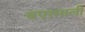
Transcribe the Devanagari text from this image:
बएरमाली